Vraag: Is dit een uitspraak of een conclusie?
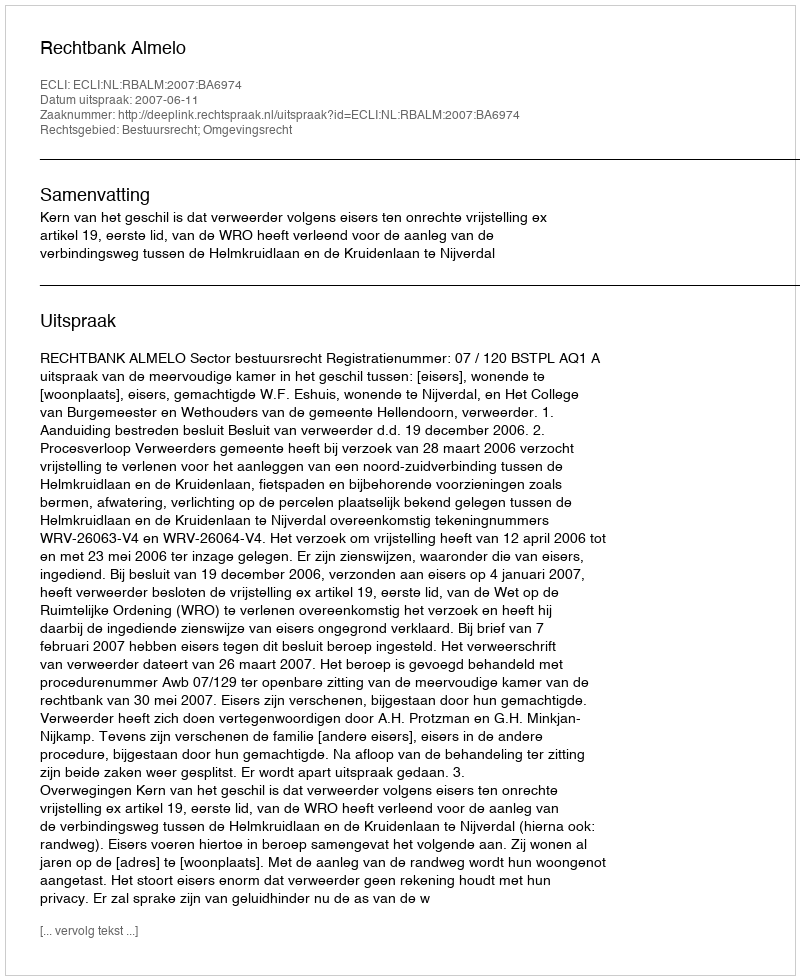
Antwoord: Uitspraak